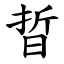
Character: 晢